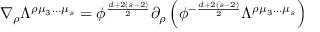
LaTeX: \nabla _ { \rho } \Lambda ^ { \rho \mu _ { 3 } \ldots \mu _ { s } } = \phi ^ { \frac { d + 2 ( s - 2 ) } { 2 } } \partial _ { \rho } \left( \phi ^ { - { \frac { d + 2 ( s - 2 ) } { 2 } } } \Lambda ^ { \rho \mu _ { 3 } \ldots \mu _ { s } } \right)